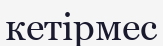
кетірмес